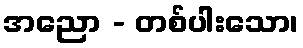
အညော - တစ်ပါးသော၊